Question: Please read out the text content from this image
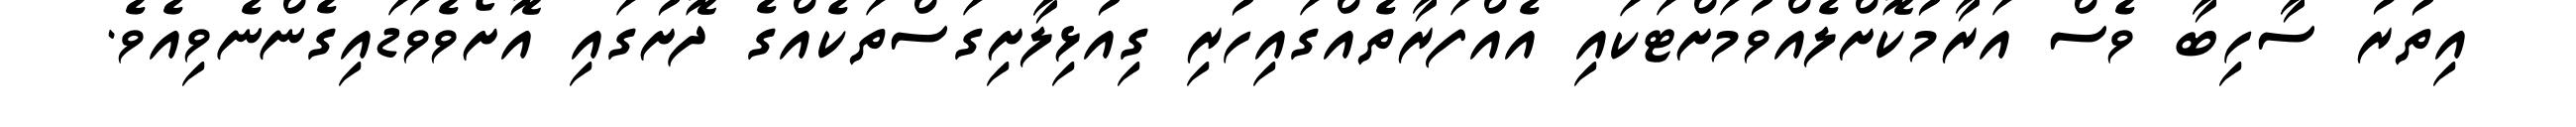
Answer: އިތުރު ސާހިބާ ވެސް އަރާމުކޮށްލެއްވުމަށްޓަކައި އެއްފަރާތެއްގައިހުރި ގިއުޅިލާށިގަސްތަކެއްގެ ދޮށުގައި އޮށޯވެވަޑައިގެންނެވިއެވެ.